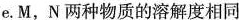
e.M，N 两种物质的溶解度相同